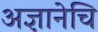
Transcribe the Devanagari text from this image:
अज्ञानेचि